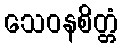
သေဝနစိတ္တံ